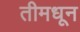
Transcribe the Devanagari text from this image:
तीमधून